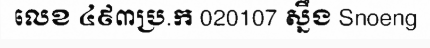
លេខ ៤៩៣ប្រ.ក 020107 ស្នឹង Snoeng